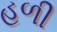
હળી